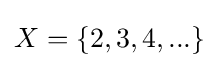
X=\{2,3,4,...\}